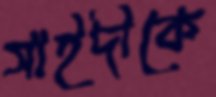
সাইদীকে